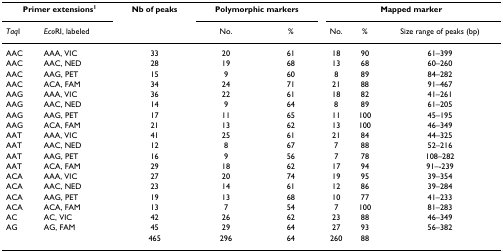
<table><thead><tr><td colspan="2"><b>Primer extensions<sup>1</sup></b></td><td><b>Nb of peaks</b></td><td colspan="2"><b>Polymorphic markers</b></td><td colspan="3"><b>Mapped marker</b></td></tr><tr><td><b><i>Taq</i>I</b></td><td><b><i>Eco</i>RI, labeled</b></td><td></td><td><b>No.</b></td><td><b>%</b></td><td><b>No.</b></td><td><b>%</b></td><td><b>Size range of peaks (bp)</b></td></tr></thead><tbody><tr><td>AAC</td><td>AAA, VIC</td><td>33</td><td>20</td><td>61</td><td>18</td><td>90</td><td>61–399</td></tr><tr><td>AAC</td><td>AAC, NED</td><td>28</td><td>19</td><td>68</td><td>13</td><td>68</td><td>60–260</td></tr><tr><td>AAC</td><td>AAG, PET</td><td>15</td><td>9</td><td>60</td><td>8</td><td>89</td><td>84–282</td></tr><tr><td>AAC</td><td>ACA, FAM</td><td>34</td><td>24</td><td>71</td><td>21</td><td>88</td><td>91–467</td></tr><tr><td>AAG</td><td>AAA, VIC</td><td>36</td><td>22</td><td>61</td><td>18</td><td>82</td><td>41–261</td></tr><tr><td>AAG</td><td>AAC, NED</td><td>14</td><td>9</td><td>64</td><td>8</td><td>89</td><td>61–205</td></tr><tr><td>AAG</td><td>AAG, PET</td><td>17</td><td>11</td><td>65</td><td>11</td><td>100</td><td>45–195</td></tr><tr><td>AAG</td><td>ACA, FAM</td><td>21</td><td>13</td><td>62</td><td>13</td><td>100</td><td>46–349</td></tr><tr><td>AAT</td><td>AAA, VIC</td><td>41</td><td>25</td><td>61</td><td>21</td><td>84</td><td>44–325</td></tr><tr><td>AAT</td><td>AAC, NED</td><td>12</td><td>8</td><td>67</td><td>7</td><td>88</td><td>52–216</td></tr><tr><td>AAT</td><td>AAG, PET</td><td>16</td><td>9</td><td>56</td><td>7</td><td>78</td><td>108–282</td></tr><tr><td>AAT</td><td>ACA, FAM</td><td>29</td><td>18</td><td>62</td><td>17</td><td>94</td><td>91–-239</td></tr><tr><td>ACA</td><td>AAA, VIC</td><td>27</td><td>20</td><td>74</td><td>19</td><td>95</td><td>39–354</td></tr><tr><td>ACA</td><td>AAC, NED</td><td>23</td><td>14</td><td>61</td><td>12</td><td>86</td><td>39–284</td></tr><tr><td>ACA</td><td>AAG, PET</td><td>19</td><td>13</td><td>68</td><td>10</td><td>77</td><td>41–233</td></tr><tr><td>ACA</td><td>ACA, FAM</td><td>13</td><td>7</td><td>54</td><td>7</td><td>100</td><td>81–283</td></tr><tr><td>AC</td><td>AC, VIC</td><td>42</td><td>26</td><td>62</td><td>23</td><td>88</td><td>46–349</td></tr><tr><td>AG</td><td>AG, FAM</td><td>45</td><td>29</td><td>64</td><td>27</td><td>93</td><td>56–382</td></tr><tr><td></td><td></td><td>465</td><td>296</td><td>64</td><td>260</td><td>88</td><td></td></tr></tbody></table>